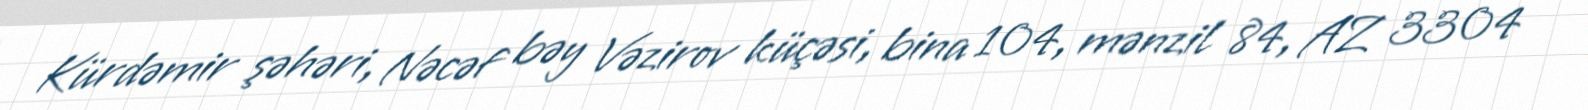
Kürdəmir şəhəri, Nəcəf bəy Vəzirov küçəsi, bina 104, mənzil 84, AZ 3304